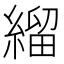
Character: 𦃓